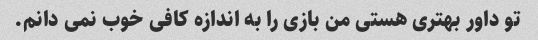
تو داور بهتری هستی من بازی را به اندازه کافی خوب نمی دانم.